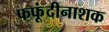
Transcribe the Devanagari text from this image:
फफूंदीनाशक